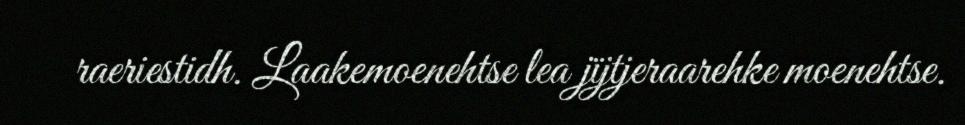
raeriestidh. Laakemoenehtse lea jïjtjeraarehke moenehtse.